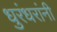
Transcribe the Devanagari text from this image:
धुरंधरांनी